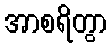
အာစရိတွာ